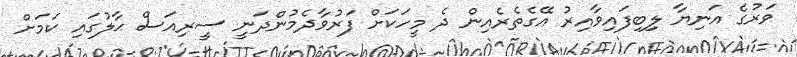
ވަރުގެ އަނިޔާ ލިިބިފައިވާއިރު އޭގެތެރެއިން ދެ މީހަކަށް ފަރުވާދެމުންދަނީ ސީރިއަސް ޙާލުގައި ކަމަށް